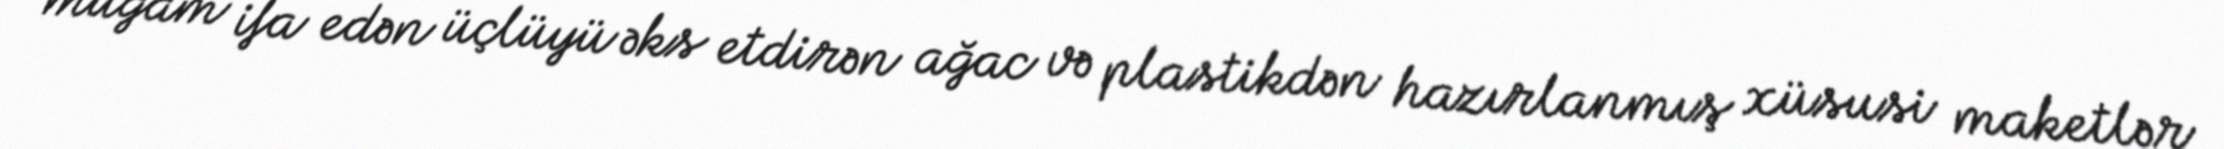
muğam ifa edən üçlüyü əks etdirən ağac və plastikdən hazırlanmış xüsusi maketlər